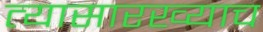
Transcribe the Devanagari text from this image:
त्यासारख्याच